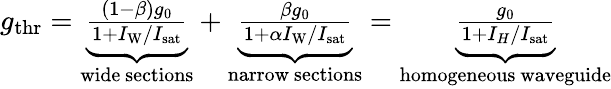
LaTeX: \begin{array}{r}{g_{\mathrm{thr}}=\underbrace{\frac{(1-\beta)g_{0}}{1+I_{\mathrm{W}}/{I_{\mathrm{sat}}}}}_{\mathrm{wide~sections}}+\underbrace{\frac{\beta g_{0}}{1+\alpha I_{\mathrm{W}}/{I_{\mathrm{sat}}}}}_{\mathrm{narrow~sections}}=\underbrace{\frac{g_{0}}{1+I_{H}/{I_{\mathrm{sat}}}}}_{\mathrm{homogeneous~waveguide}}}\end{array}